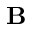
{ \bf B }